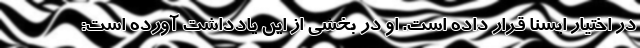
در اختیار ایسنا قرار داده است. او در بخشی از این یادداشت آورده است: